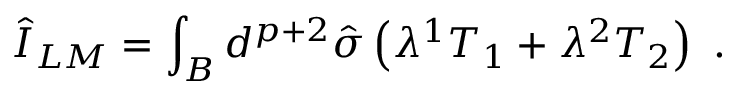
\hat { I } _ { L M } = \int _ { B } d ^ { p + 2 } \hat { \sigma } \left( \lambda ^ { 1 } T _ { 1 } + \lambda ^ { 2 } T _ { 2 } \right) \ .